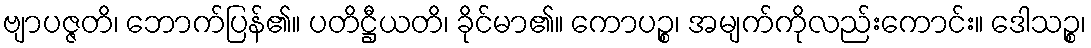
ဗျာပဇ္ဇတိ၊ ဘောက်ပြန်၏။ ပတိဋ္ဌီယတိ၊ ခိုင်မာ၏။ ကောပဉ္စ၊ အမျက်ကိုလည်းကောင်း။ ဒေါသဉ္စ၊